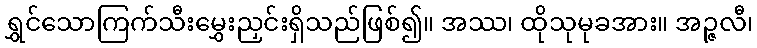
ရွှင်သောကြက်သီးမွှေးညှင်းရှိသည်ဖြစ်၍။ အဿ၊ ထိုသုမုခအား။ အဉ္ဇလီ၊